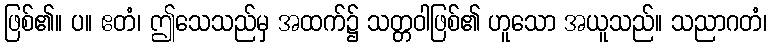
ဖြစ်၏။ ပ။ ဧတံ၊ ဤသေသည်မှ အထက်၌ သတ္တဝါဖြစ်၏ ဟူသော အယူသည်။ သညာဂတံ၊